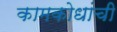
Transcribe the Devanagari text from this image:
कामकोधांची